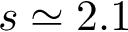
s \simeq 2 . 1